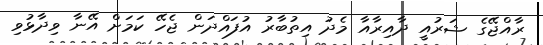
ރާއްޖޭގެ ޝަރުއީ ދާއިރާއާ މެދު އިތުބާރު އުފައްދަން ޖެހޭ ކަމަށް އޭނާ ވިދާޅުވި